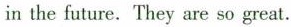
in the future.They are so great.